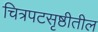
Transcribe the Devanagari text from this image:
चित्रपटसृष्ठीतील